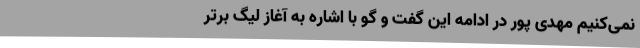
نمی‌کنیم مهدی پور در ادامه این گفت و گو با اشاره به آغاز لیگ برتر